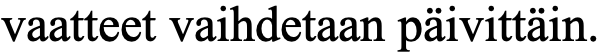
vaatteet vaihdetaan päivittäin.